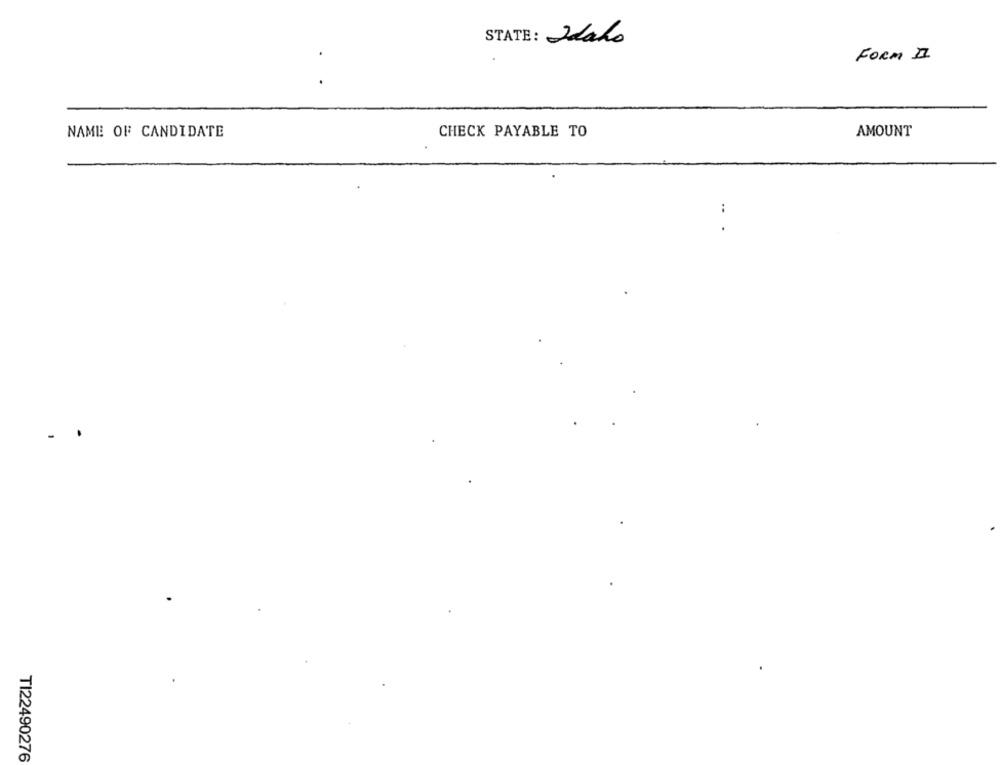
STATE: Jako
FORM II
NAME OF CANDIDATE
CHECK PAYABLE TO
AMOUNT
:
.
TI22490276